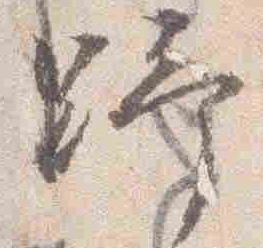
野